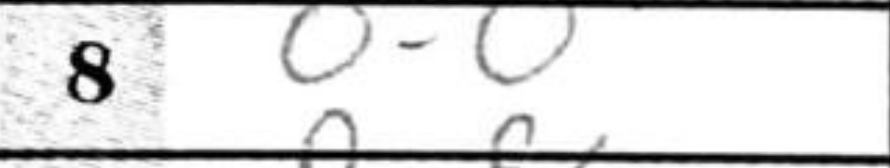
Transcription: O-O